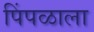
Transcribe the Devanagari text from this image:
पिंपळाला